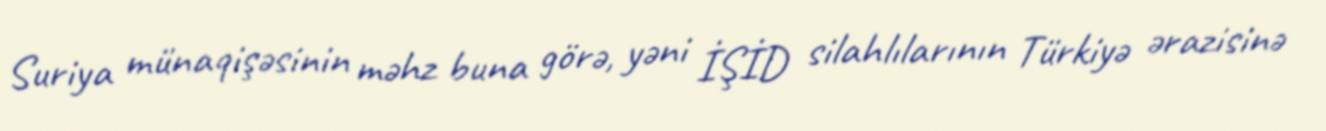
Suriya münaqişəsinin məhz buna görə, yəni İŞİD silahlılarının Türkiyə ərazisinə